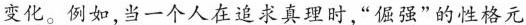
变化。例如,当一个人在追求真理时，“倔强”的性格元